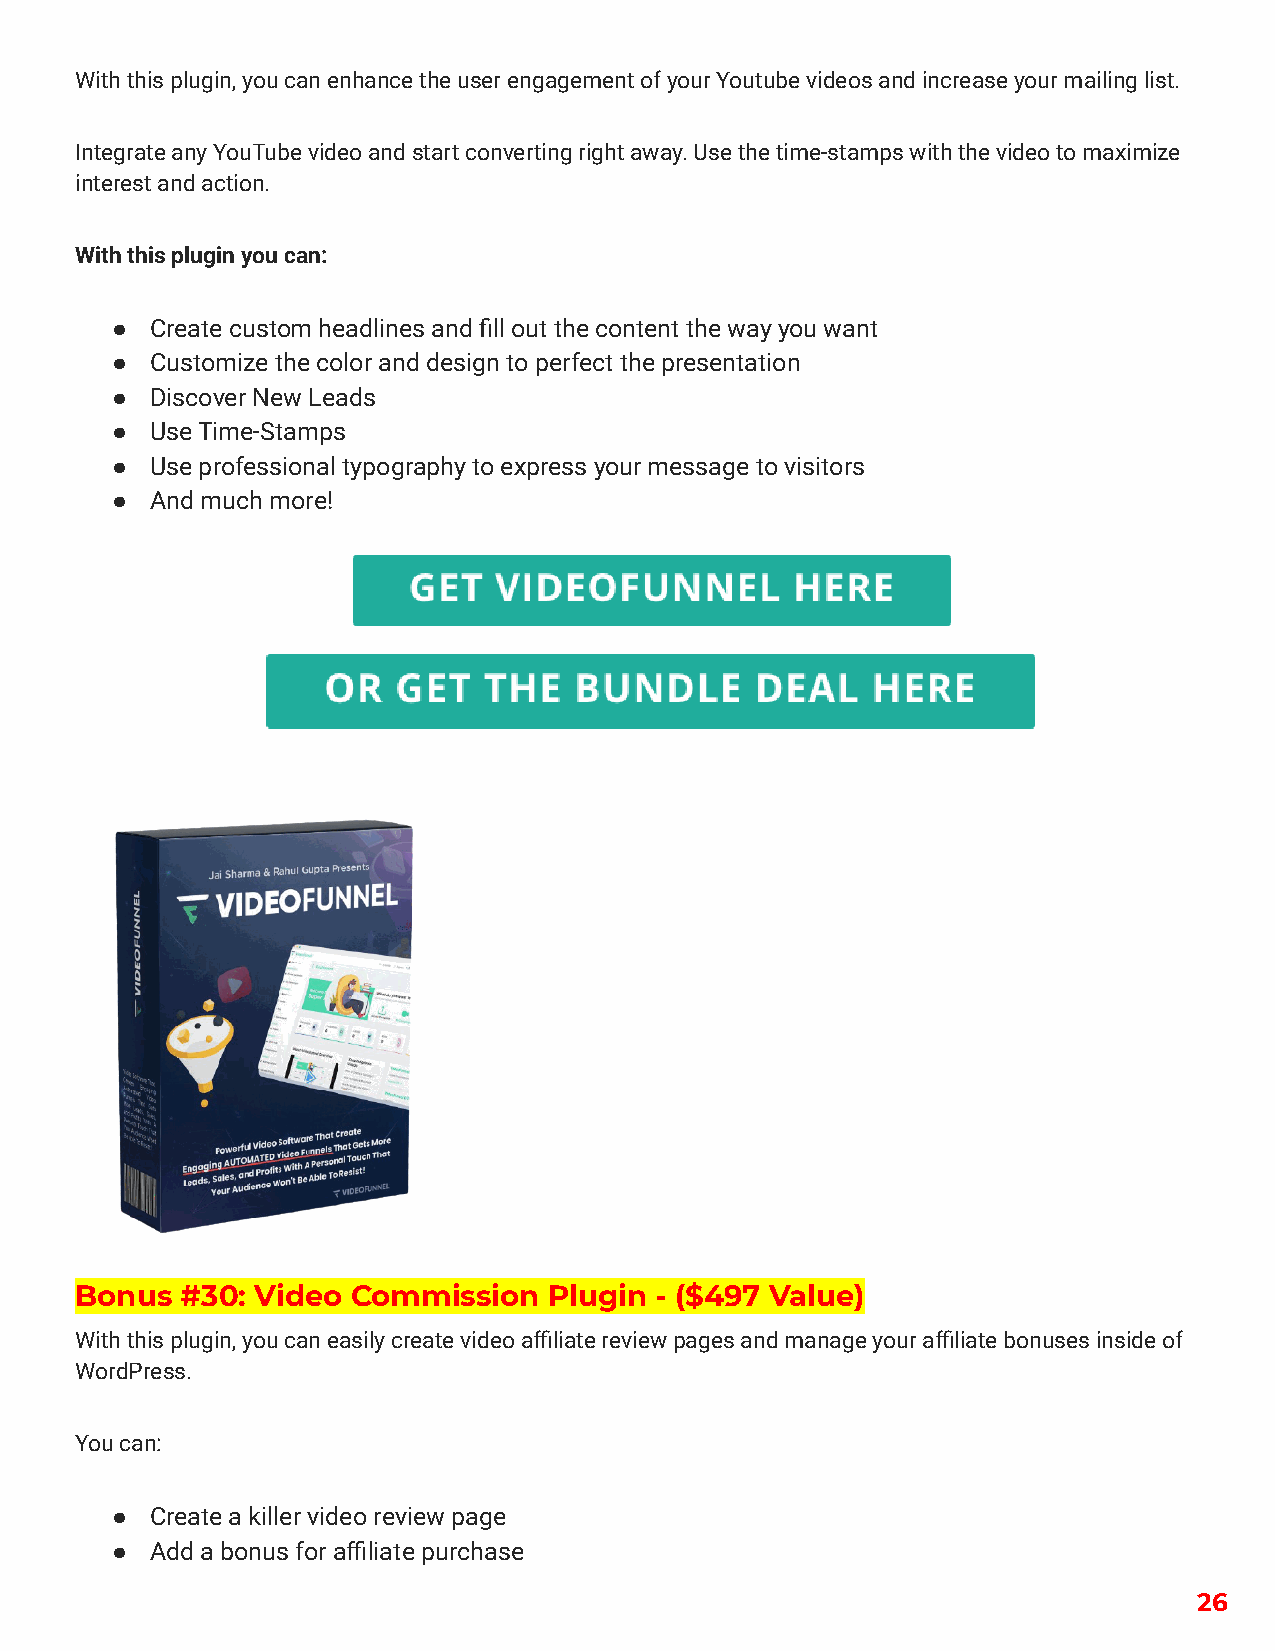
With this plugin, you can enhance the user engagement of your Youtube videos and increase your mailing list.
 Integrate any YouTube video and start converting right away. Use the time-stamps with the video to maximize
 interest and action.
 With this plugin you can:
 ●  Create custom headlines and fill out the content the way you want
 ●  Customize the color and design to perfect the presentation
 ●  Discover New Leads
 ●  Use Time-Stamps
 ●  Use professional typography to express your message to visitors
 ●  And much more!
 Bonus  #30: Video Commission   Plugin - ($497 Value)
 With this plugin, you can easily create video affiliate review pages and manage your affiliate bonuses inside of
 WordPress.
 You can:
 ●  Create a killer video review page
 ●  Add a bonus for affiliate purchase
 26